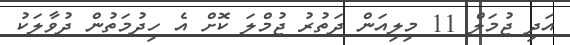
އަދި ޖުމަލް 11 މިލިއަން ދަތުރު ޖުމްލަ ކޮށް އެ ހިދުމަތުން ދުވާލަކު